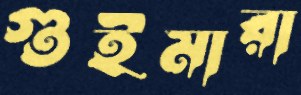
গুইমারা